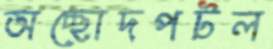
অচ্ছোদপটল